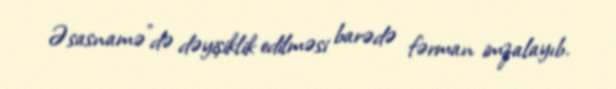
Əsasnamə”də dəyişiklik edilməsi barədə fərman imzalayıb.